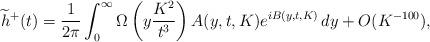
LaTeX: \begin{align*}\widetilde{h}^+(t)=\frac{1}{2\pi }\int_0^\infty \Omega\left(y \frac{K^2}{t^3}\right)A(y,t,K)e^{iB(y,t,K)} \, dy + O(K^{-100}),\end{align*}